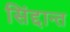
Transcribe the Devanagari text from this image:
सिंद्दान्त